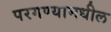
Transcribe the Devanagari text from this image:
परगण्यामधील